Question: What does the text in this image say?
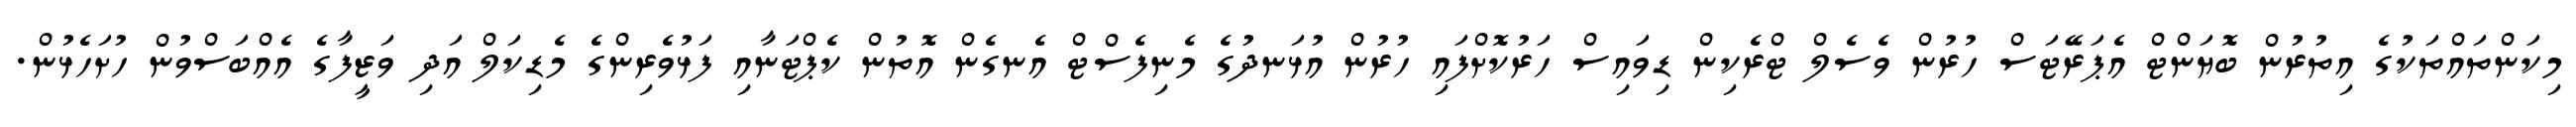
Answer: މިކަންތައްތަކުގެ އިތުރުން ބޮޔަންޓް އެޕަރޭޓަސް ހުރުން ވެސެލް ޓްރެކިން ޑިވައިސް ހަރުކޮށްފައި ހުރުން އުޅަނދުގެ މެނިފެސްޓް އެނގެން އޮތުން ކެޕްޓަނާއި ފަޅުވެރިންގެ މެޑިކަލް އަދި ވަޒީފާގެ އެއްބަސްވުން ހުށަހެޅުން.